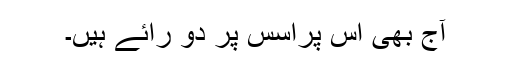
آج بھی اس پراسس پر دو رائے ہیں۔